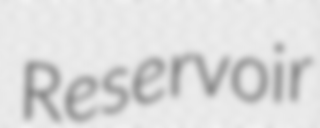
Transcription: Reservoir